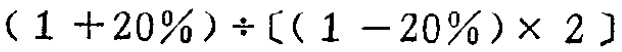
$(1 + 20\%)\div[(1 - 20\%)\times 2]$